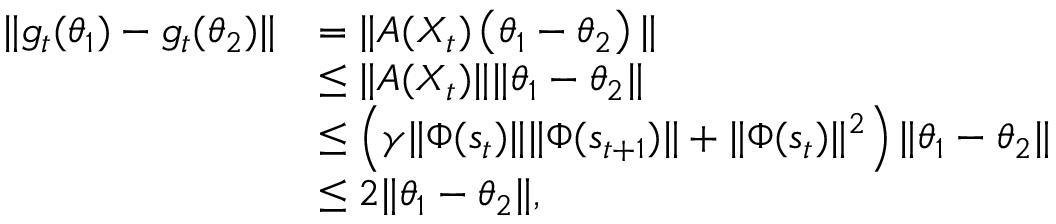
\begin{array} { r l } { \Vert { g } _ { t } ( \theta _ { 1 } ) - { g } _ { t } ( \theta _ { 2 } ) \Vert } & { = \Vert A ( X _ { t } ) \left( \theta _ { 1 } - \theta _ { 2 } \right) \Vert } \\ & { \leq \Vert A ( X _ { t } ) \Vert \Vert \theta _ { 1 } - \theta _ { 2 } \Vert } \\ & { \leq \left( \gamma \Vert \Phi ( s _ { t } ) \Vert \Vert \Phi ( s _ { t + 1 } ) \Vert + \Vert \Phi ( s _ { t } ) \Vert ^ { 2 } \right) \Vert \theta _ { 1 } - \theta _ { 2 } \Vert } \\ & { \leq 2 \Vert \theta _ { 1 } - \theta _ { 2 } \Vert , } \end{array}